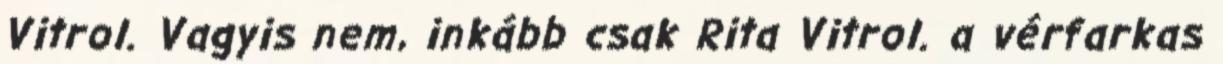
Vitrol. Vagyis nem, inkább csak Rita Vitrol. a vérfarkas